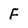
Character: F